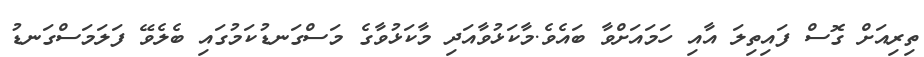
ތިރިއަށް ގޮސް ފައިތިލަ އާއި ހަމައަށްވާ ބައެވެ.މާކަޅުވާއަދި މާކަޅުވާގެ މަސްގަނޑުކަމުގައި ބެލެވޭ ފަލަމަސްގަނޑު